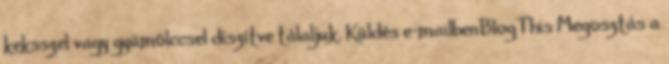
keksszel vagy gyümölccsel díszítve tálaljuk. Küldés e-mailbenBlogThis Megosztás a